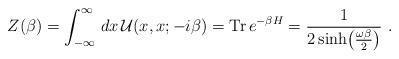
LaTeX: \begin{align*}Z(\beta) = \int_{-\infty}^{\infty}\, dx\, {\cal U}(x, x; -i\beta) ={\rm Tr} \, e^{-\beta H} = {1 \over 2 \sinh \bigl({\omega \beta \over2}\bigr)}\ .\end{align*}